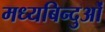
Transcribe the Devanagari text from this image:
मध्यबिन्दुओं